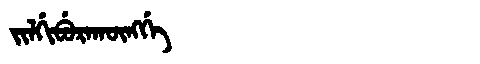
Manchu: ᠵᡳᠯᡤᡳᠪᡠᡵᠠᡴᡡᠩᡤᡝ
Romanization: JILGIBURAKŪNGGE